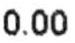
0.00